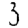
Digit: 3